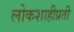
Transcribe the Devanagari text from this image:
लोकशाहीप्रती